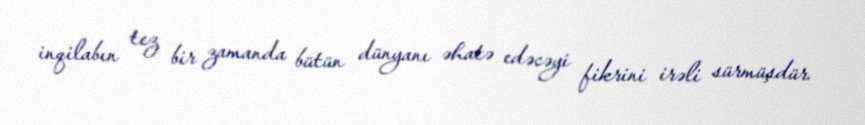
inqilabın tez bir zamanda bütün dünyanı əhatə edəcəyi fikrini irəli sürmüşdür.